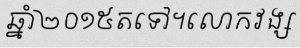
ឆ្នាំ២០១៥តទៅ។លោកវង្ស